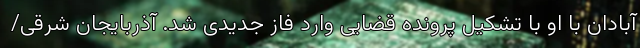
آبادان با او با تشکیل پرونده قضایی وارد فاز جدیدی شد. آذربایجان شرقی/